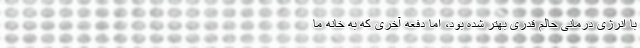
با انرژی درمانی حالم قدری بهتر شده بود، اما دفعه آخری که به خانه ما